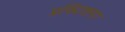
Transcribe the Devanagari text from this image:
प्रक्टिशनर